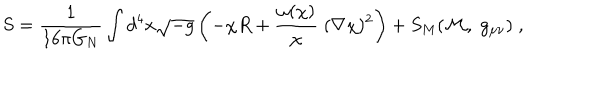
LaTeX: S = \frac { 1 } { 1 6 \pi G _ { N } } \int d ^ { 4 } x \sqrt { - g } \left( - \chi R + \frac { \omega ( \chi ) } { \chi } \; ( \nabla \chi ) ^ { 2 } \right) + S _ { M } ( { \cal M } , \; g _ { \mu \nu } ) \; ,